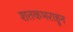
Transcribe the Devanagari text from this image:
शतकभराहून